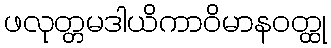
ဖလုတ္တမဒါယိကာဝိမာနဝတ္ထု